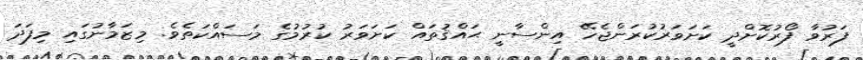
ފަރުވާ ފޯރުކޮށްދީ ކަށަވަރުކުރަންޖެހޭ އިންސާނީ ޙައްޤުތައް ކަށަވަރު ކުރުމުގެ މަސައްކަތެވެ. މިޒަމާނުގައި މިފަދަ